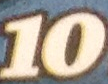
10